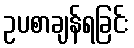
ဥပစာချန်ရခြင်း